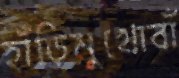
হাঁড়িমুখোবাঁ